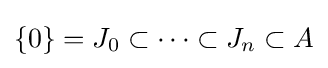
\{0\}=J_{0}\subset \cdots \subset J_{n}\subset A